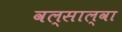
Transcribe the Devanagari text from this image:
वल्साल्वा